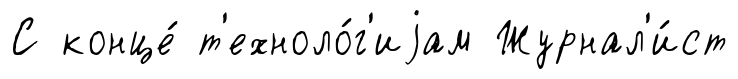
С конце́ т'ехноло́г'иjам Журнал'и́ст